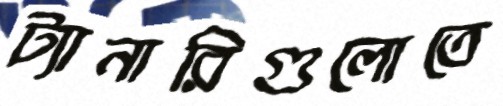
ট্যানারিগুলোতে